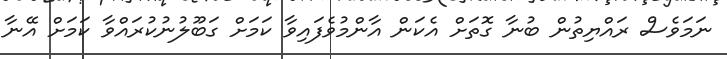
ނަމަވެސް ރައްޔިތުން ބުނާ ގޮތަށް އެކަން އާންމުވެފައިވާ ކަމަށް ގަބޫލުނުކުރައްވާ ކަމަށް އޭނާ